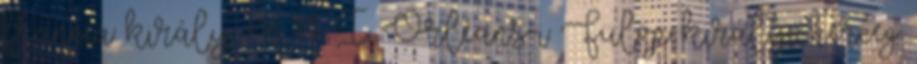
francia király =16 14. I. Orléans-i Fülöp királyi herceg